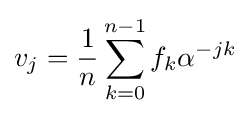
v_{j}={\frac {1}{n}}\sum _{k=0}^{n-1}f_{k}\alpha ^{-jk}